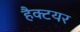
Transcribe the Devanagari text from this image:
हैक्टयर